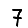
Digit: 7